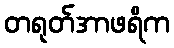
တရုတ်အာဖရိက